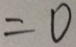
= 0